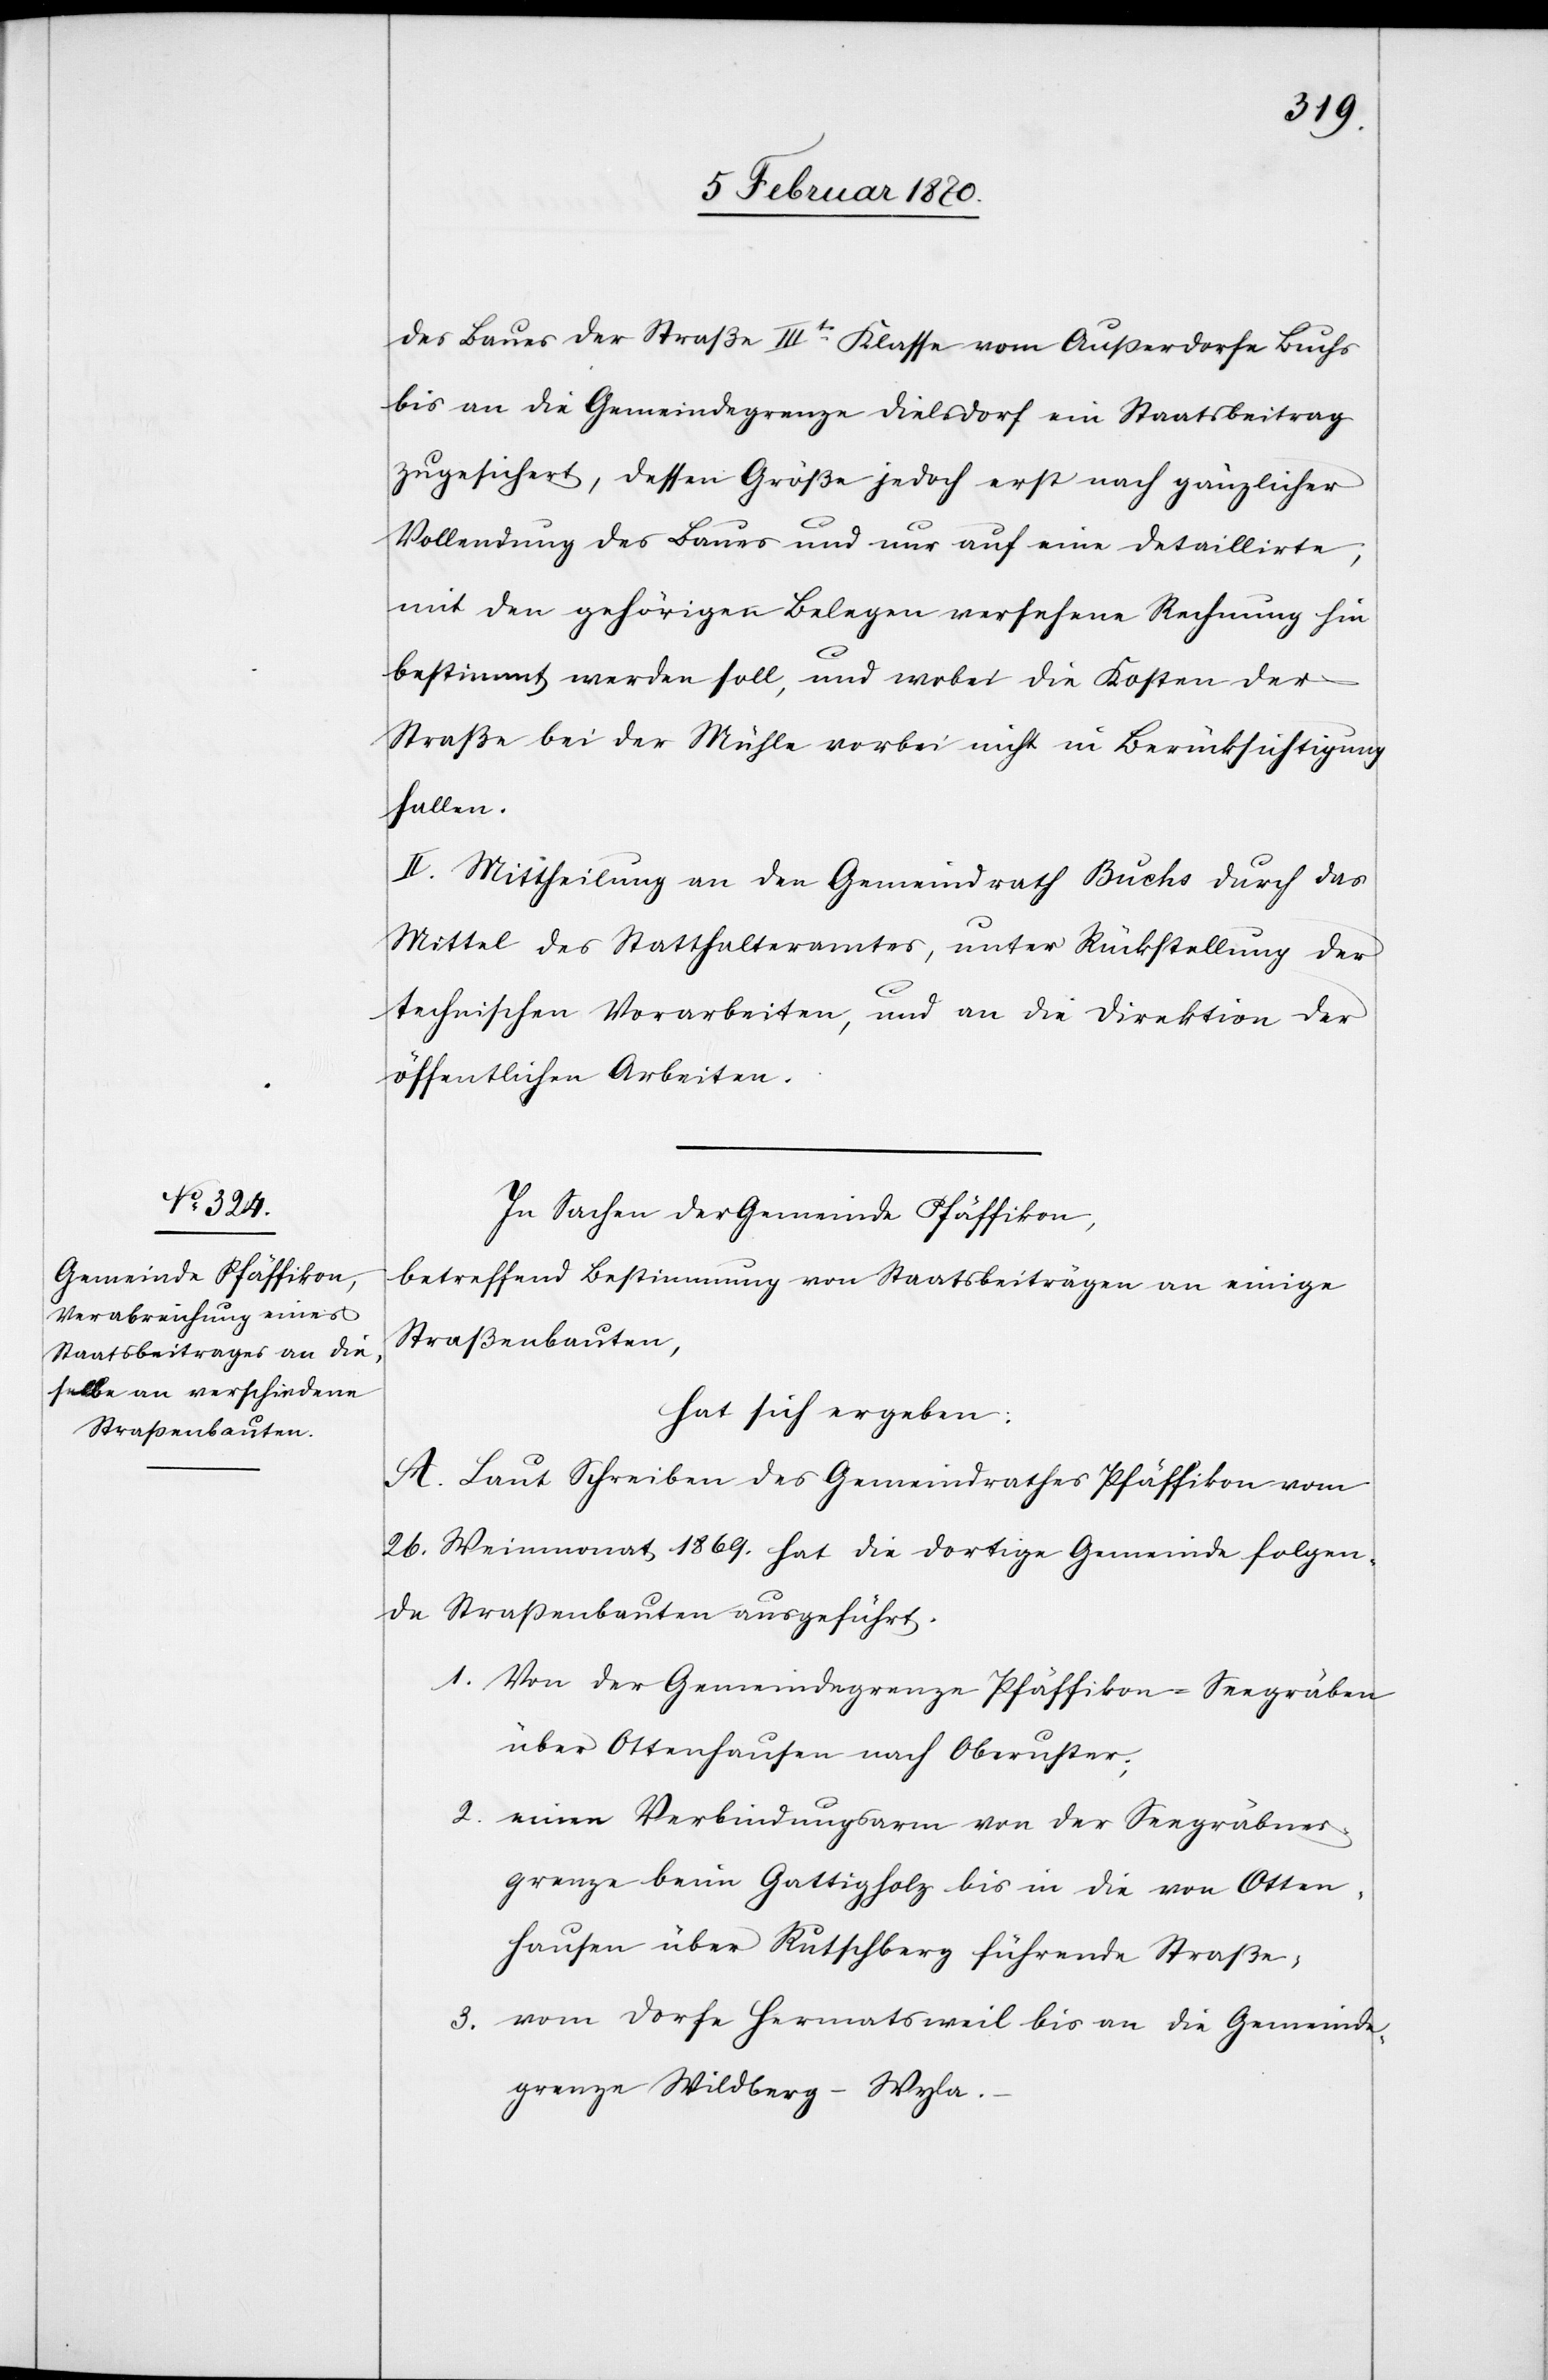
Baues der Straße IIIte Klasse vom Außerdorfe Buchs
bis an die Gemeindegrenze Dielsdorf ein Staatsbeitrag
zugesichert, dessen Größe jedoch erst nach gänzlicher
Vollendung des Baues und nur auf eine detaillirte,
mit den gehörigen Belegen versehene Rechnung hin
bestimm werden soll, und wobei die Kosten der
Straße bei der Mühle vorbei nicht in Berücksichtigung
fallen.
II. Mittheilung an den Gemeinderath Buchs durch das
Mittel des Statthalteramtes, unter Rückstellung der
technischen Vorarbeiten, und an die Direktion der
öffentlichen Arbeiten.
In Sachen der Gemeinde Pfäffikon,
betreffend Bestimmung von Staatsbeiträgen an einige
Straßenbauten,
hat sich ergeben:
A. Laut Schreiben des Gemeindrathes Pfäffikon vom
26. Weinmonat 1869. hat die dortige Gemeinde folgen¬
de Straßenbauten ausgeführt:
1. Von der Gemeindegrenze Pfäffikon-Seegräben
über Ottenhausen nach Oberuster;
2. einen Verbindungsarm von der Seegräbner¬
grenze beim Gattigholz [sic!] bis in die von Otten¬
hausen über Rutschberg führende Straße;
3. vom Dorfe Hermatsweil bis an die Gemeinde¬
grenze Wildberg-Wyla.